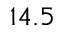
1 4 . 5